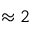
\approx 2